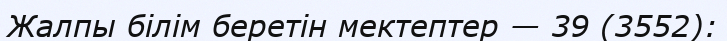
Жалпы білім беретін мектептер — 39 (3552):